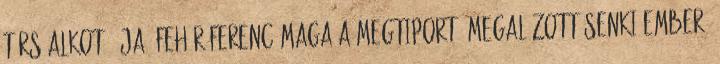
társ-alkotó- ja: Fehér Ferenc maga a megtiport, megalázott senki-ember,